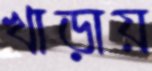
খাড়ায়